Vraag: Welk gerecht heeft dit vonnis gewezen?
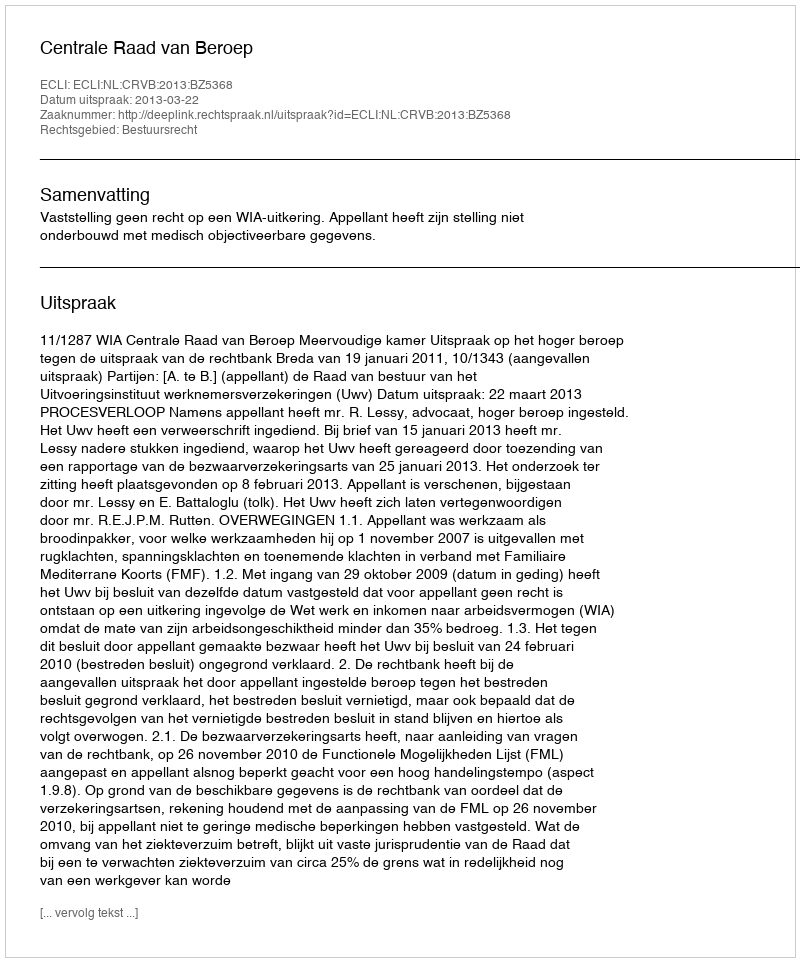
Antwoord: Centrale Raad van Beroep